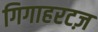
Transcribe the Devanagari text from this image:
गिगाहरटज़